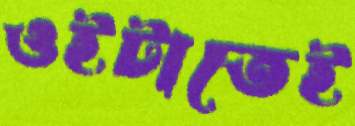
ওইটাতেই